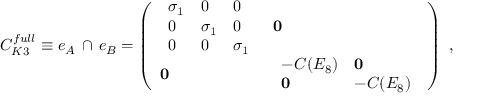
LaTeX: C _ { K 3 } ^ { f u l l } \equiv e _ { A } \, \cap \, e _ { B } = \left( \begin{array} { l l } { { \begin{array} { l l l } { { \sigma _ { 1 } } } & { { 0 } } & { { 0 } } \\ { { 0 } } & { { \sigma _ { 1 } } } & { { 0 } } \\ { { 0 } } & { { 0 } } & { { \sigma _ { 1 } } } \end{array} } } & { { { \bf 0 } } } \\ { { { \bf 0 } } } & { { \begin{array} { l l } { { - C ( E _ { 8 } ) } } & { { { \bf 0 } } } \\ { { { \bf 0 } } } & { { - C ( E _ { 8 } ) } } \end{array} } } \end{array} \right) \ ,